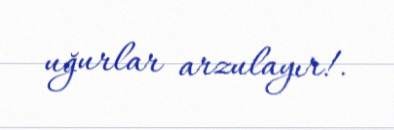
uğurlar arzulayır!.